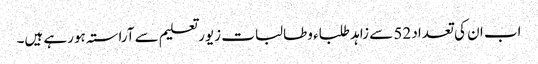
اب ان کی تعداد 52 سے زاہد طلباء وطالبات زیور تعلیم سے آراستہ ہورہے ہیں۔